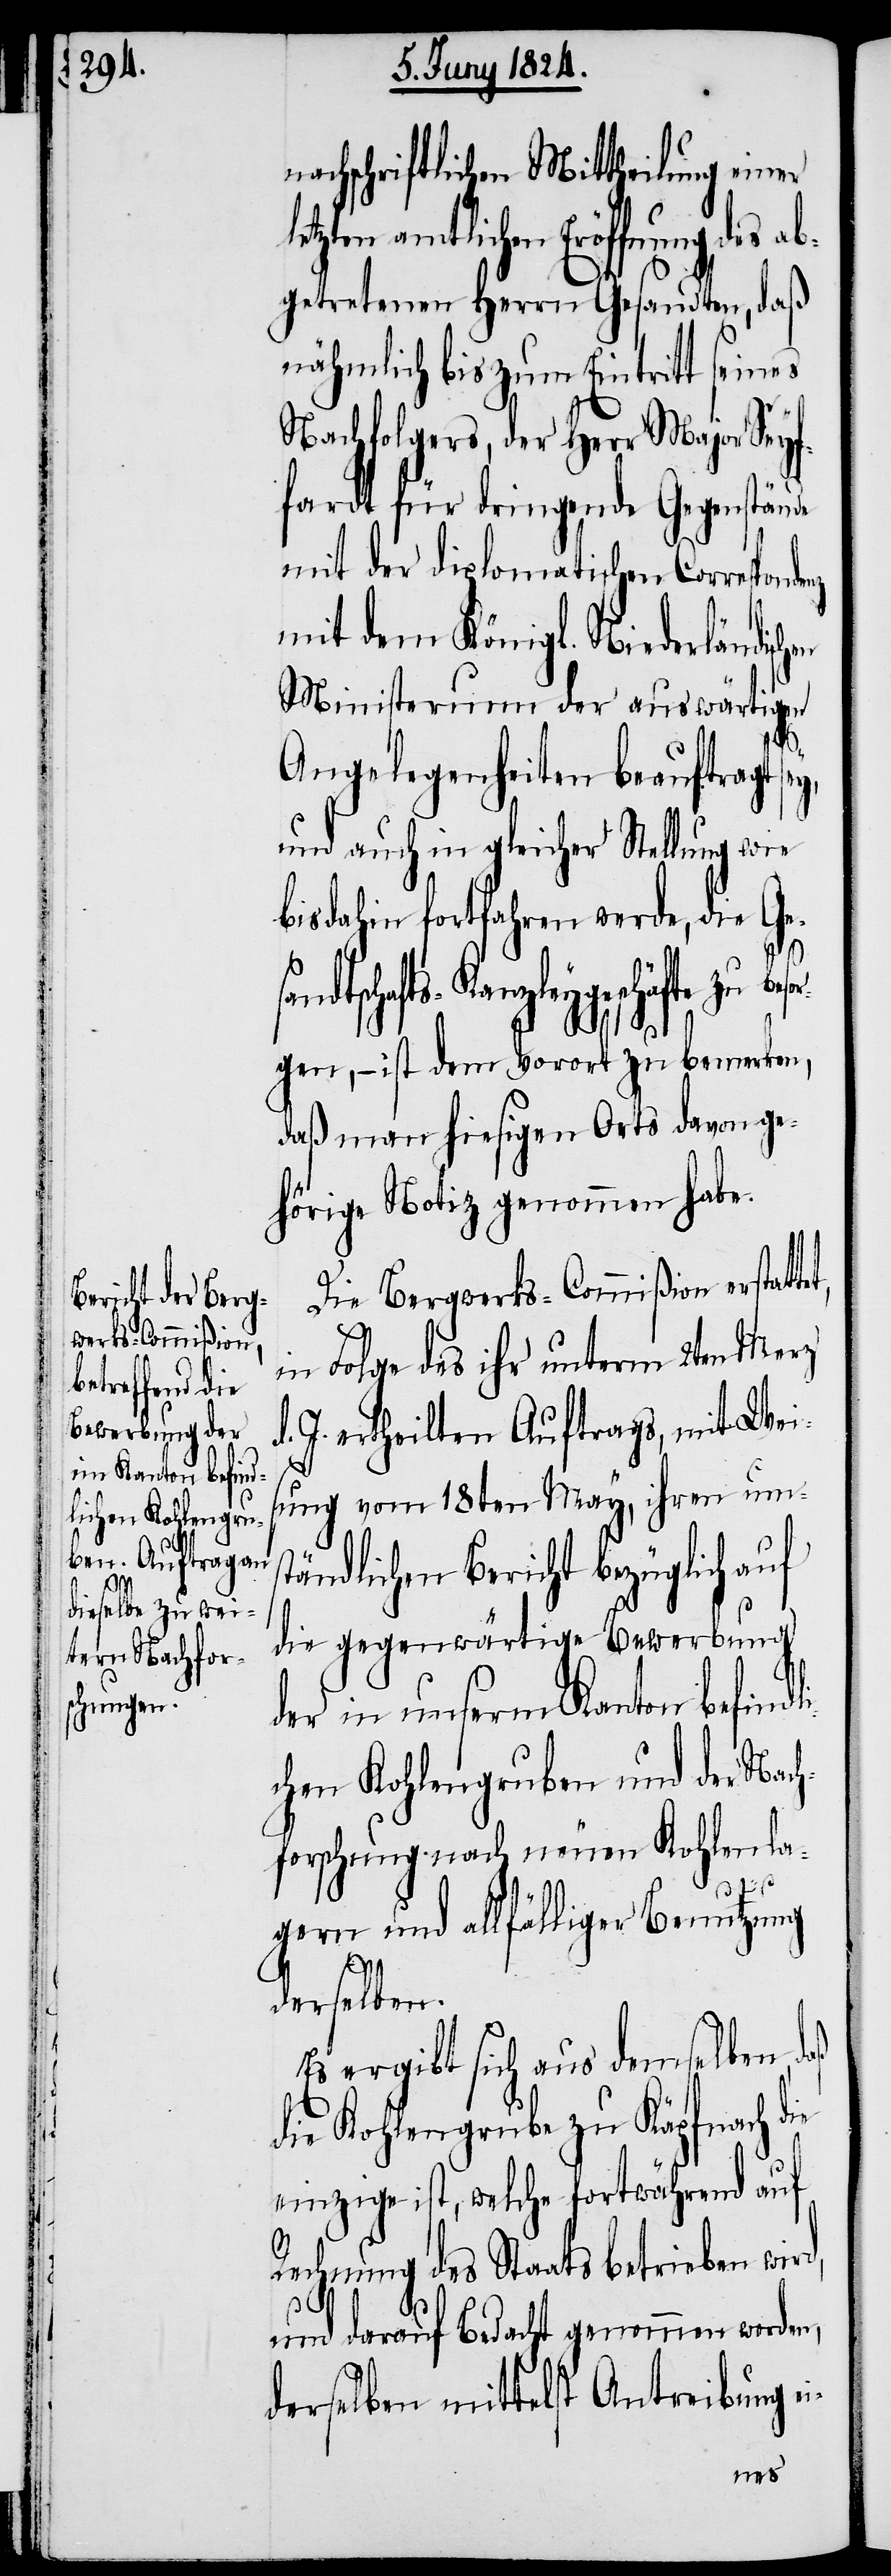
hen

nachschriftlichen Mittheilung einer
ichen Eröffnung des a¬
bgetretenen Herrn Gesandten, daß
nähmlich bis zum Eintritt seines
Nachfolgers, der Herr Major Seyf¬
fardt für dringende Gegenstände
mit der diplomatischen Corresponde¬
mit dem Königl. Niederländisc¬
Ministerium der auswärtigen
Angelegenheiten beauftragt
und auch in gleicher Stellung wie
bisdahin fortfahren werde, die Ge¬
d.
schäfte zu besor¬
gen, – ist dem Vorort zu bemerken,
daß man hiesigen Orts davon ge¬
hörige Notiz genommen habe.
Die Bergwerks-Commißion erstatt¬
in Folge des ihr unterm 2ten Merz
J. ertheilten Auftrags, mit Wei¬
sung vom 18ten May, ihren ums¬
tändlichen Bericht bezüglich auf
die gegenwärtige Bewerbung
der in unserm Kanton befindl¬
ichen Kohlengruben und der Nac¬
hforschung nach neuen Kohlenla¬
gern und allfälliger Benutzung
derselben.
Es ergibt sich aus demselben,
die Kohlengrube zu Käpfnach die
einzige ist, welche fortwährend auf
et,
Rechnung des Staats betrieben wird,
und darauf Bedacht genommen worden,
derselben mittelst Antreibung ei-